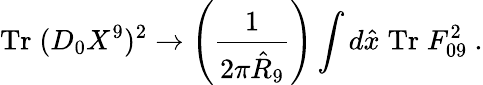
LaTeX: \mathrm{Tr}\; (D_{0}X^{9})^{2}\rightarrow\left(\frac{1}{2\pi\hat{R}_{9}}\right)\int d\hat{x}\; \mathrm{Tr}\; F_{09}^{2}\ .